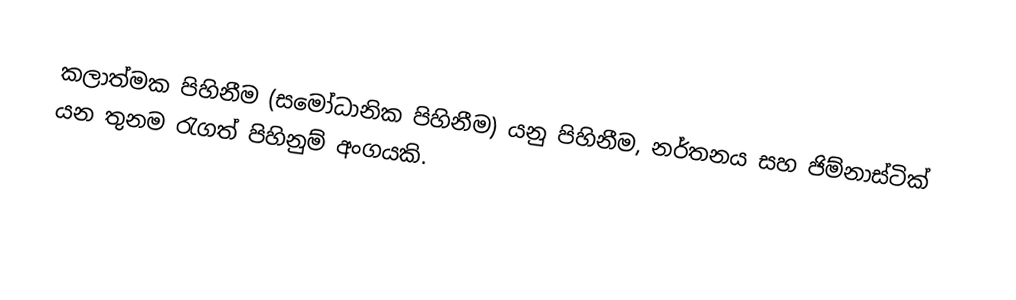
කලාත්මක පිහිනීම (සමෝධානික පිහිනීම) යනු පිහිනීම, නර්තනය සහ ජිම්නාස්ටික් යන තුනම රැගත් පිහිනුම් අංගයකි.